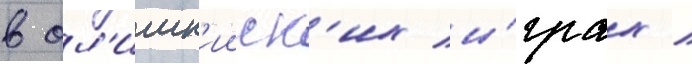
в ол'имп'ииск'их и́грах /